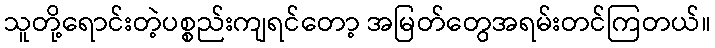
သူတို့ရောင်းတဲ့ပစ္စည်းကျရင်တော့ အမြတ်တွေအရမ်းတင်ကြတယ်။